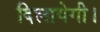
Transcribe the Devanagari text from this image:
दिलायेगी।